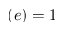
( e ) = 1